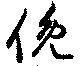
俛